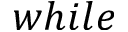
w h i l e